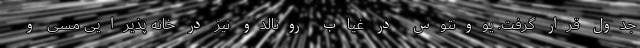
جدول قرار گرفت. یوونتوس در غیاب رونالدو نیز در خانه پذیرایی مسی و